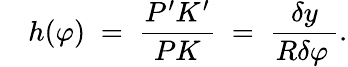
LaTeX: \quad h(\varphi)\; =\; {\frac{P^{\prime}K^{\prime}}{PK}}\; =\; {\frac{\delta y}{R\delta\varphi\, }}.